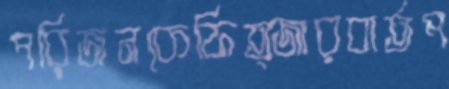
পরিজনকেফিত্জারবার্তপ